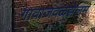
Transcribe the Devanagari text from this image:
गावाजवळझेलम